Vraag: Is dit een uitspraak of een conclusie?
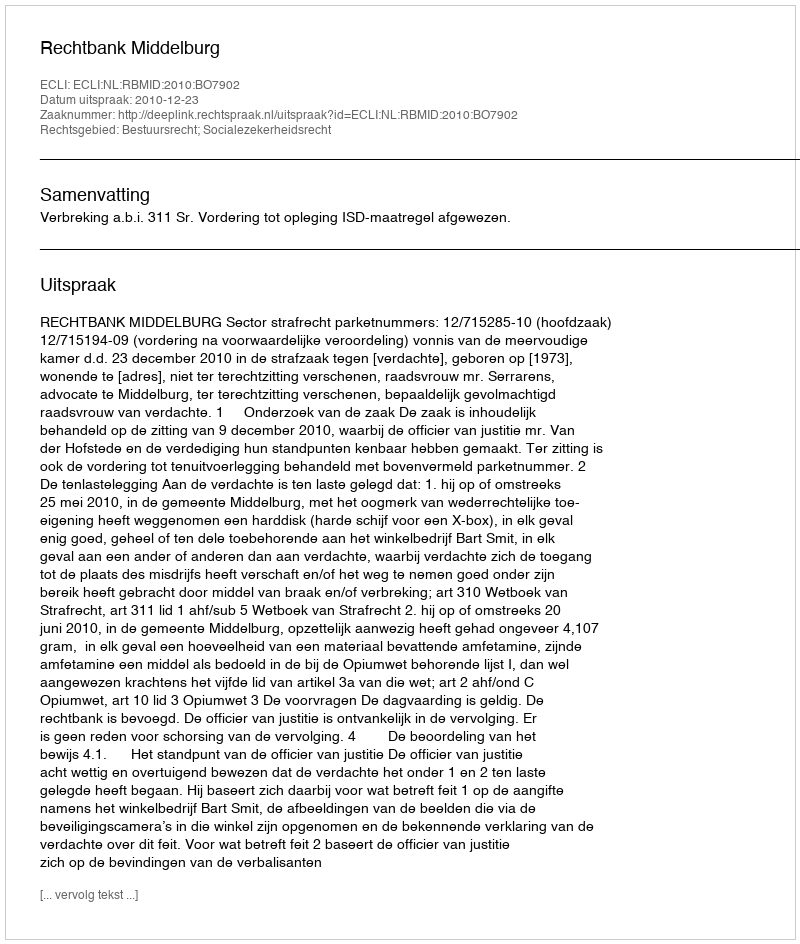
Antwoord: Uitspraak